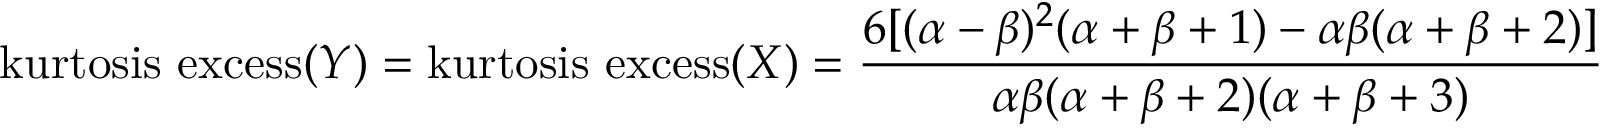
{ \mathrm { k u r t o s i s ~ e x c e s s } } ( Y ) = { \mathrm { k u r t o s i s ~ e x c e s s } } ( X ) = { \frac { 6 [ ( \alpha - \beta ) ^ { 2 } ( \alpha + \beta + 1 ) - \alpha \beta ( \alpha + \beta + 2 ) ] } { \alpha \beta ( \alpha + \beta + 2 ) ( \alpha + \beta + 3 ) } }